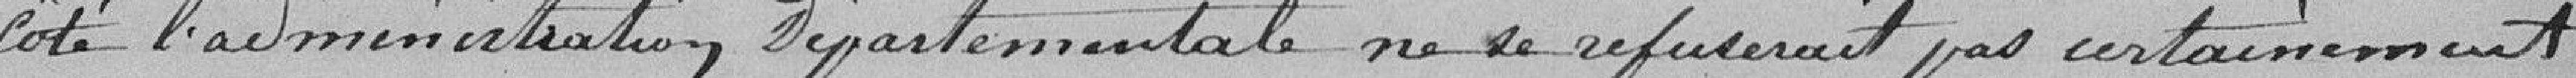
côté, l'administration départementale de ne refuserait pas certainement